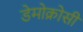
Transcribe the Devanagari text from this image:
डेमोक्रोसी